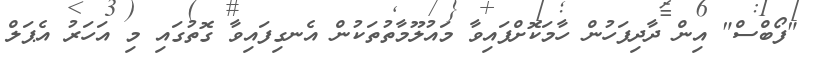
"ފޯބްސް" އިން ދާދިފަހުން ހާމަކޮށްފައިވާ މައުލޫމާތުތަކުން އެނގިފައިވާ ގޮތުގައި މި އަހަރު އެޕަލް